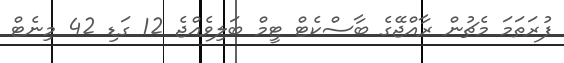
ފުރަތަމަ މެޗުން ރާއްޖޭގެ ބާސްކެޓް ޓީމް ބަލިވެއްޖެ 12 ގަޑި 42 މިނެޓް